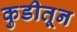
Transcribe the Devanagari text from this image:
कुडीतून